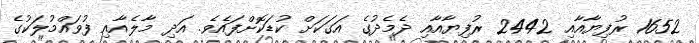
1652 ރުފިޔާއާއި 2442 ރުފިޔާއާއި ދެމެދުގެ އަގަކަށް ކުޑަކޮށްފައެވެ. އަދި މާލެއާއި ފުވައްމުލަކުގެ